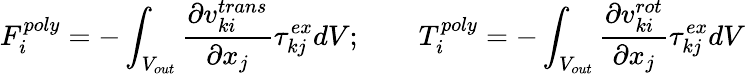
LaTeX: F_{i}^{poly}=-\int_{V_{out}}\frac{\partial v_{ki}^{trans}}{\partial x_{j}}\tau_{kj}^{ex}dV;\qquad T_{i}^{poly}=-\int_{V_{out}}\frac{\partial v_{ki}^{rot}}{\partial x_{j}}\tau_{kj}^{ex}dV